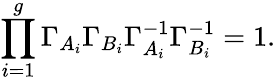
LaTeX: \prod_{i=1}^{g}\Gamma_{A_{i}}\Gamma_{B_{i}}\Gamma_{A_{i}}^{-1}\Gamma_{B_{i}}^{-1}=1.